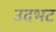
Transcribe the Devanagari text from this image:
उदभट